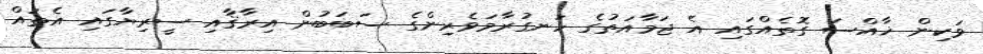
ވަކިން ޚާއްސަ ގޮތެއްގައި އެ ޖަމާއަތުގެ ހަނގުރާމަވެރިންގެ ސަބަބުން އިރާޤާއި ސީރިޔާގައި އެތައް